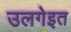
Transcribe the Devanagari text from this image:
उलगेइत